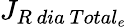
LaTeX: {J}_{R\ dia\ Total_{e}}